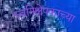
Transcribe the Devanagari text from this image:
ध्वनिक्षेपकाच्या